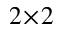
2 \! \times \! 2